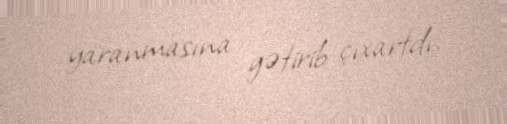
yaranmasına gətirib çıxartdı.